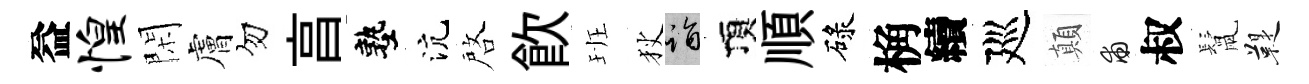
益惶閑膚勿亯塾沆啓飲班狄诣頂順碌桷續廵顛甫叔鬛鞮